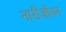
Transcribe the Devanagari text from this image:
नारीजीवन